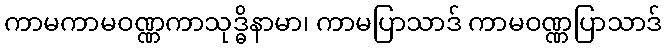
ကာမကာမဝဏ္ဏကာသုဒ္ဓိနာမာ၊ ကာမပြာသာဒ် ကာမဝဏ္ဏပြာသာဒ်